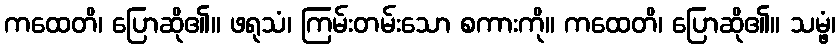
ကထေတိ၊ ပြောဆို၏။ ဖရုသံ၊ ကြမ်းတမ်းသော စကားကို။ ကထေတိ၊ ပြောဆို၏။ သမ္ဖံ၊